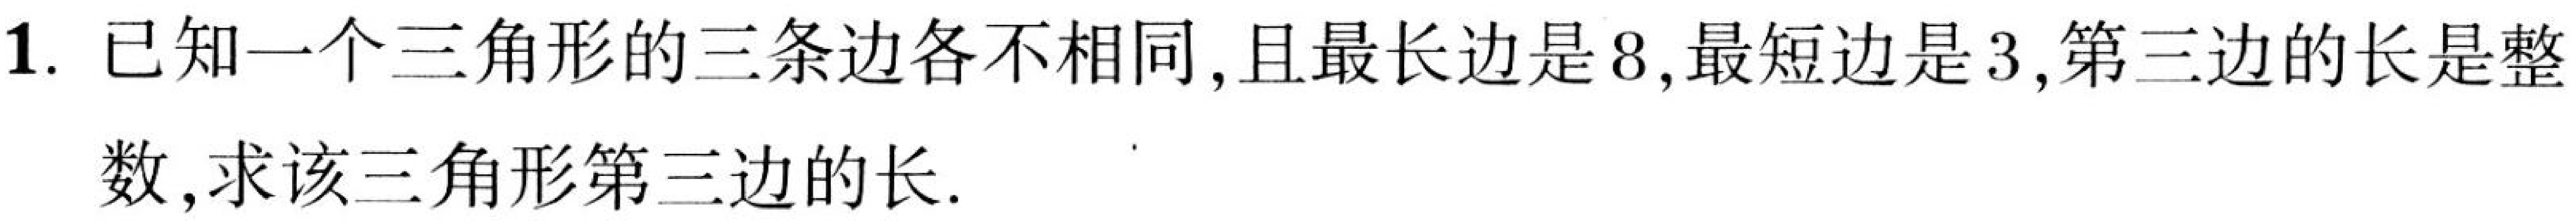
1. 已知一个三角形的三条边各不相同,且最长边是\(8\),最短边是\(3\),第三边的长是整
数,求该三角形第三边的长.